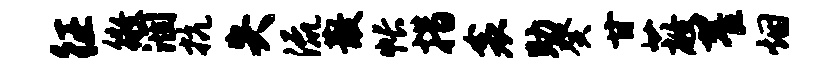
征徵涸抗失流散帐措衾助癸甘蔽翟烟